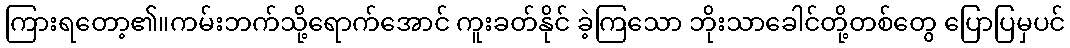
ကြားရတော့၏။ကမ်းဘက်သို့ရောက်အောင် ကူးခတ်နိုင် ခဲ့ကြသော ဘိုးသာခေါင်တို့တစ်တွေ ပြောပြမှပင်